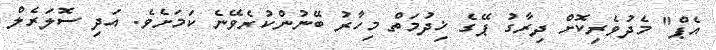
އެޕް" މެދުވެރިކޮށް ދިރާގު ޕޭގެ ޚިދުމަތް މިހާރު ބޭނުންކުރެވޭނެ ކަމަށެވެ. އަދި ސޮލަރެލް